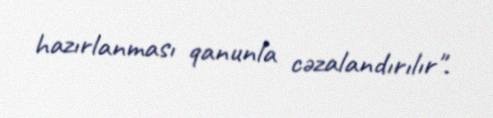
hazırlanması qanunla cəzalandırılır".